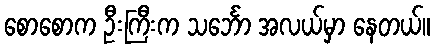
စောစောက ဦးကြီးက သင်္ဘော အလယ်မှာ နေတယ်။